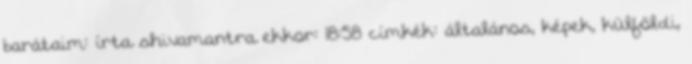
barátaim: írta shivamantra ekkor: 18:58 címkék: általános, képek, külföldi,